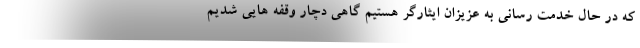
که در حال خدمت رسانی به عزیزان ایثارگر هستیم گاهی دچار وقفه هایی شدیم